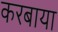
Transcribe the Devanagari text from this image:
करबाया